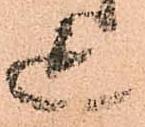
迄